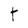
Character: t